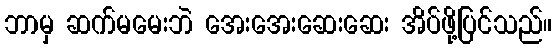
ဘာမှ ဆက်မမေးဘဲ အေးအေးဆေးဆေး အိပ်ဖို့ပြင်သည်။